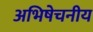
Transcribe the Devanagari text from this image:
अभिषेचनीय